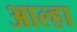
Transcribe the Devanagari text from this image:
आल्‍हा